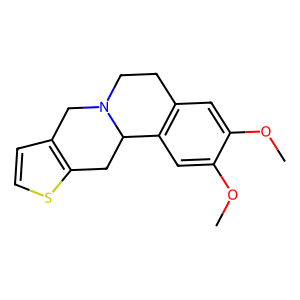
SMILES: COc1cc2c(cc1OC)C1Cc3sccc3CN1CC2
Inhibits HIV replication: No